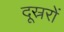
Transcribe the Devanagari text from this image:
दूस्ररों